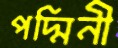
পদ্মিনী